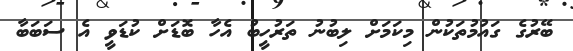
ބޭރުގެ ގައުމުތަކުން މިކަމަށް ލިބުނު ތަރުހީބު އެހާ ބޮޑަށް ކުޑަވީ އެ ސަބަބާ